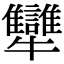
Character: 犫